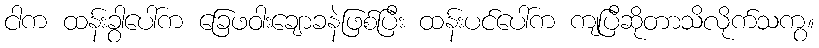
ငါက ထန်းခွာပေါ်က ခြေဖဝါးချောခနဲဖြစ်ပြီး ထန်းပင်ပေါ်က ကျပြီဆိုတာသိလိုက်သကွ။